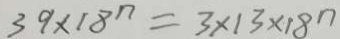
3 9 \times 1 8 ^ { n } = 3 \times 1 3 \times 1 8 ^ { n }